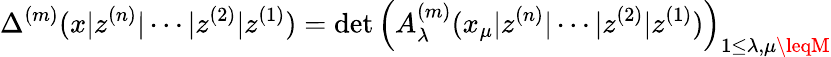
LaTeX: \Delta^{(m)}(x|z^{(n)}|\cdots|z^{(2)}|z^{(1)})=\operatorname*{d\mathrm{e}t}\left(A_{\lambda}^{(m)}(x_{\mu}|z^{(n)}|\cdots|z^{(2)}|z^{(1)})\right)_{1\leq\lambda,\mu\leqM}